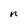
Character: n